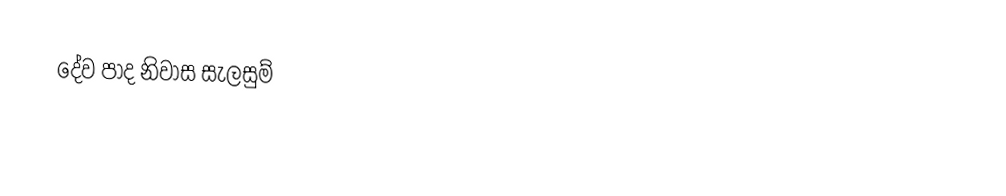
දේව පාද නිවාස සැලසුම්